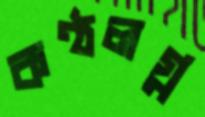
কণ্ঠলগ্ন